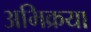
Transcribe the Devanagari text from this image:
अभिक्रया